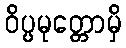
ဝိပ္ပမုတ္တောမှိ